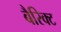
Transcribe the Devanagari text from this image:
बैरिक्ट